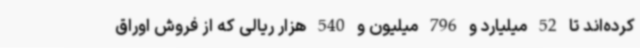
کرده‌اند تا 52 میلیارد و 796 میلیون و 540 هزار ریالی که از فروش اوراق